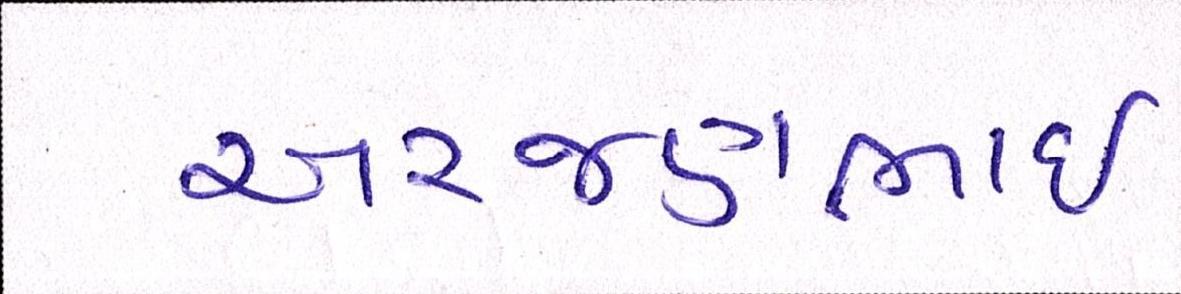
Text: અરજણભાઇ